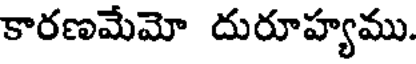
కారణమేమో దురూహ్యము.